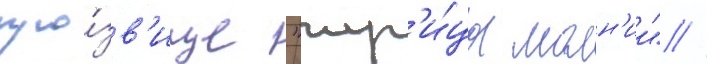
про́зв'ище "жр'и́ца молн'ии" //